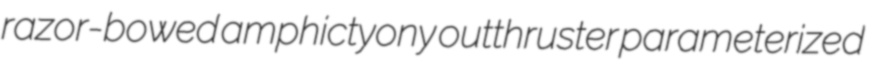
razor-bowed amphictyony outthruster parameterized